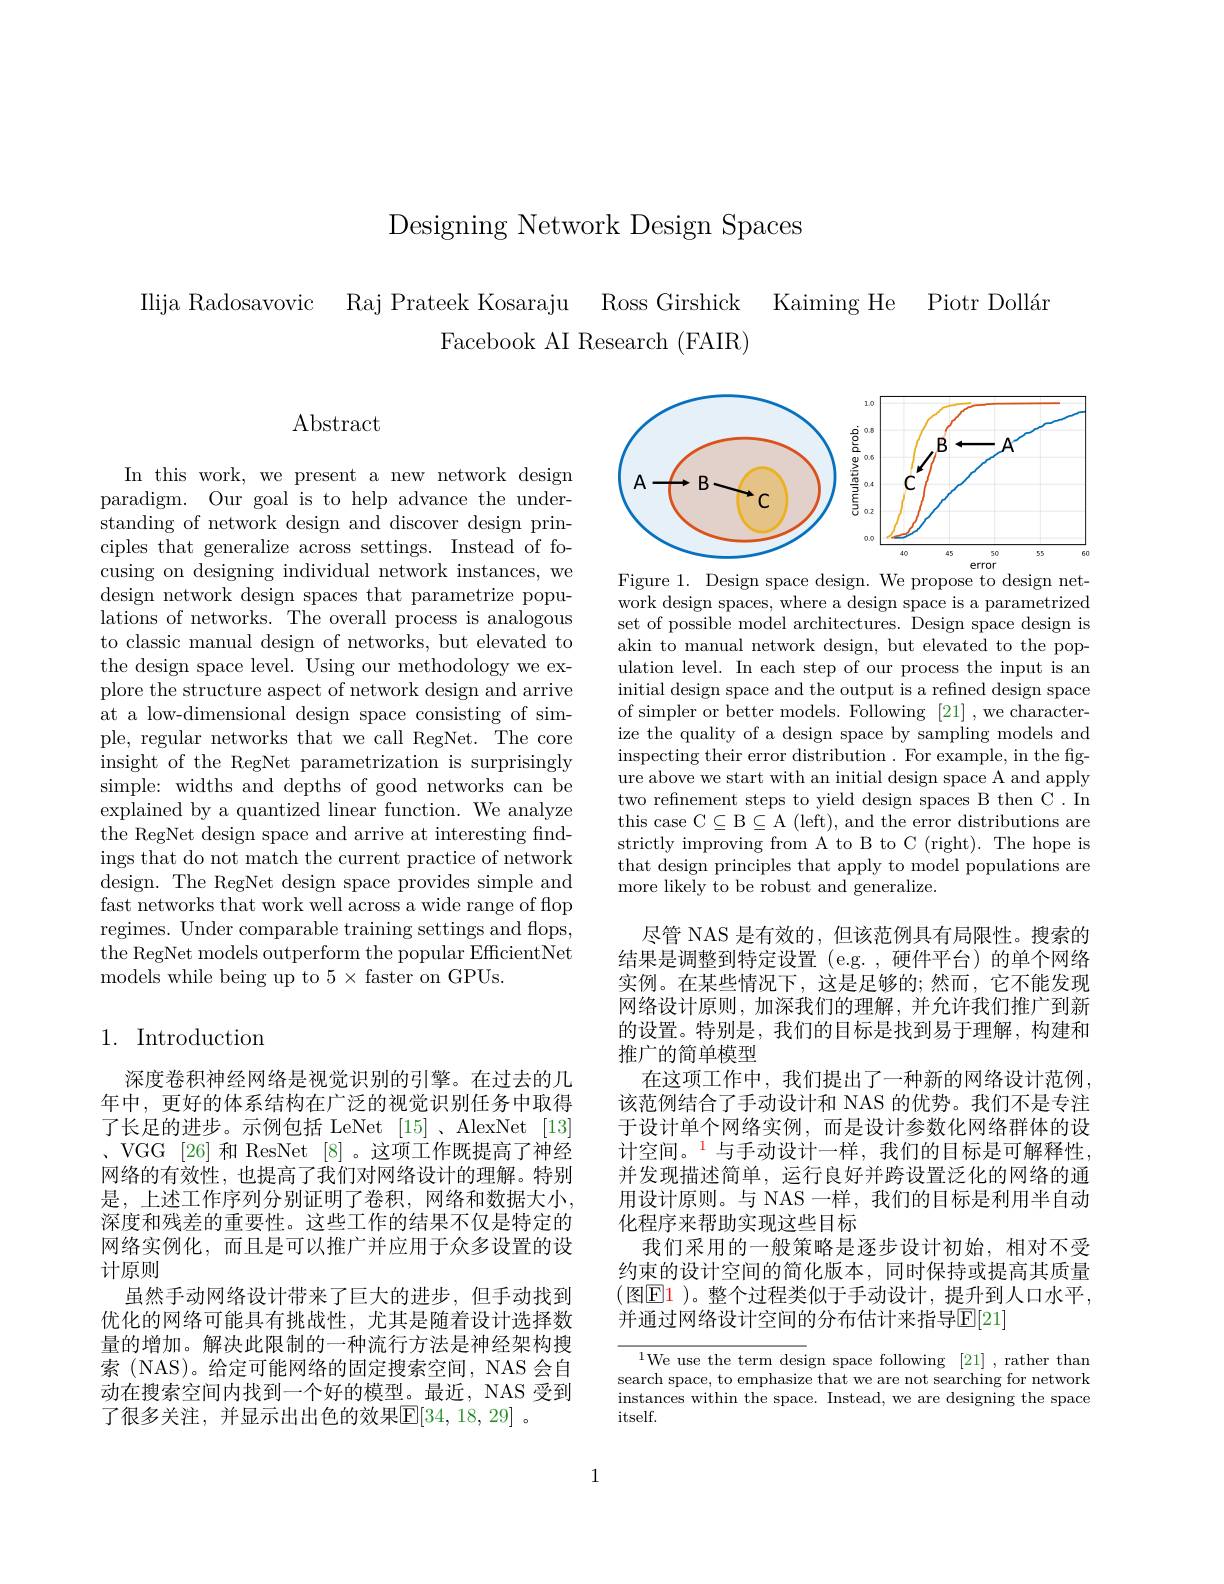
Designing Network Design Spaces

Piotr Doll$\' {a}$r

Ilija Radosavovic Raj Prateek Kosaraju Ross Girshick Kaiming He
Facebook AI Research (FAIR)

# $\operatorname{Abstract}$

In this work, we present a new network design paradigm. Our goal is to help advance the understanding of network design and discover design principles that generalize across settings. Instead of focusing on designing individual network instances, we design network design spaces that parametrize populations of networks. The overall process is analogous to classic manual design of networks, but elevated to the design space level. Using our methodology we explore the structure aspect of network design and arrive at a low-dimensional design space consisting of simple, regular networks that we call RegNet. The core insight of the RegNet parametrization is surprisingly simple: widths and depths of good networks can be explained by a quantized linear function. We analyze the RegNet design space and arrive at interesting findings that do not match the current practice of network design. The RegNet design space provides simple and fast networks that work well across a wide range of flop regimes. Under comparable training settings and flops, the RegNet models outperform the popular EfficientNet models while being up to 5 × faster on GPUs.

# 1. Introduction

深度卷积神经网络是视觉识别的引擎。在过去的几年中，更好的体系结构在广泛的视觉识别任务中取得了长足的进步。示例包括 LeNet [15]、AlexNet [13] 、 VGG [ 26] 和 ResNet[8]。这项工作既提高了神经网络的有效性，也提高了我们对网络设计的理解。特别是，上述工作序列分别证明了卷积，网络和数据大小， 深度和残差的重要性。这些工作的结果不仅是特定的网络实例化，而且是可以推广并应用于众多设置的设计原则
虽然手动网络设计带来了巨大的进步，但手动找到优化的网络可能具有挑战性，尤其是随着设计选择数量的增加。解决此限制的一种流行方法是神经架构搜索 (NAS)。给定可能网络的固定搜索空间，NAS 会自动在搜索空间内找到一个好的模型。最近，NAS 受到了很多关注，并显示出出色的效果$\mathbb{E}[34,18,29]$。

<FigureHere>
Figure 1. Design space design. We propose to design net-

work design spaces, where a design space is a parametrized set of possible model architectures. Design space design is akin to manual network design, but elevated to the population level. In each step of our process the input is an initial design space and the output is a refined design space of simpler or better models. Following [21],we characterize the quality of a design space by sampling models and inspecting their error distribution . For example, in the figure above we start with an initial design space A and apply two refinement steps to yield design spaces B then C. In this case C$\subseteq$B$\subseteq$A (left), and the error distributions are strictly improving from A to B to C (right). The hope is that design principles that apply to model populations are more likely to be robust and generalize.

尽管 NAS 是有效的，但该范例具有局限性。搜索的结果是调整到特定设置(e.g.,硬件平台)的单个网络实例。在某些情况下，这是足够的；然而，它不能发现网络设计原则，加深我们的理解，并允许我们推广到新的设置。特别是，我们的目标是找到易于理解，构建和推广的简单模型
在这项工作中，我们提出了一种新的网络设计范例， 该范例结合了手动设计和 NAS 的优势。我们不是专注于设计单个网络实例，而是设计参数化网络群体的设计空间。$^{1}$与手动设计一样，我们的目标是可解释性， 并发现描述简单，运行良好并跨设置泛化的网络的通用设计原则。与 NAS 一样，我们的目标是利用半自动化程序来帮助实现这些目标
我们采用的一般策略是逐步设计初始，相对不受约束的设计空间的简化版本，同时保持或提高其质量(图$\boxed{\mathrm{E}}1$ )。整个过程类似于手动设计，提升到人口水平， 并通过网络设计空间的分布估计来指导$\mathbb{E}[21]$

$^{1}$We use the term design space following [21],rather than search space, to emphasize that we are not searching for network instances within the space. Instead, we are designing the space itself.

1